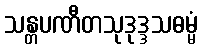
သန္တပဏီတသုဒုဒ္ဒသဓမ္မံ